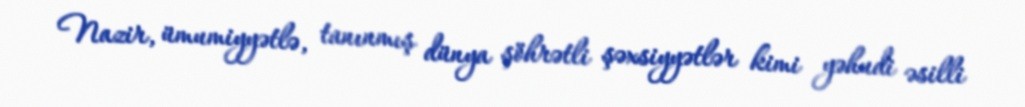
Nazir, ümumiyyətlə, tanınmış dünya şöhrətli şəxsiyyətlər kimi yəhudi əsilli